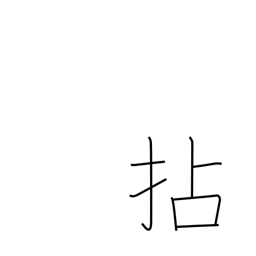
Meaning: wring